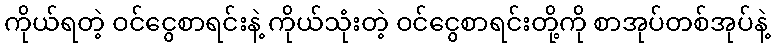
ကိုယ်ရတဲ့ ဝင်ငွေစာရင်းနဲ့ ကိုယ်သုံးတဲ့ ဝင်ငွေစာရင်းတို့ကို စာအုပ်တစ်အုပ်နဲ့